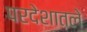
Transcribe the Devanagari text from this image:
परदेशातले